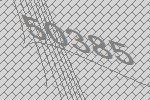
50385